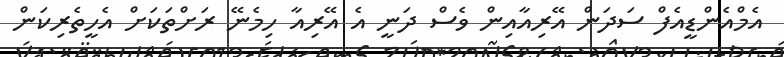
އެމްއެންޑީއެފް ސަދަން އޭރިއާއިން ވެސް ދަނީ އެ އޭރިއާ ހިމެނޭ ރަށްތަކަށް އެހީތެރިކަން